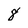
Character: 8